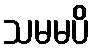
သမမပိ